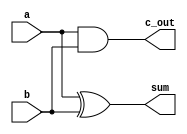
`timescale 1ns / 1ps
//////////////////////////////////////////////////////////////////////////////////
// Company: 
// Engineer: 
// 
// Design Name: 
// Module Name: Half_Adder
// Project Name: 
// Target Devices: 
// Tool Versions: 
// Description: 
// 
// Dependencies: 
// 
// Revision:
// Revision 0.01 - File Created
// Additional Comments:
// 
//////////////////////////////////////////////////////////////////////////////////


module Half_Adder(sum, c_out, a, b);
input a , b;
output sum, c_out;

and and1(c_out, a, b);
xor xor1(sum, a, b);


endmodule